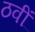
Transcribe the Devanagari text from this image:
ठवीं